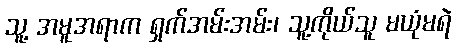
သူ့ အမူအရာက ရှက်အမ်းအမ်း၊ သူ့ကိုယ်သူ မယုံမရဲ